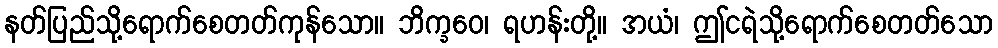
နတ်ပြည်သို့ရောက်စေတတ်ကုန်သော။ ဘိက္ခဝေ၊ ရဟန်းတို့။ အယံ၊ ဤငရဲသို့ရောက်စေတတ်သော